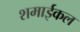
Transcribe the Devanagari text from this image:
शमाईकल